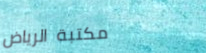
مكتبة الرياض